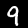
Digit: 9